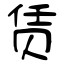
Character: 赁